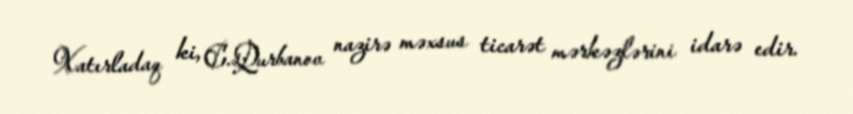
Xatırladaq ki, C.Qurbanov nazirə məxsus ticarət mərkəzlərini idarə edir.